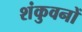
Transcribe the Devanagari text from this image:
शंकुवनों